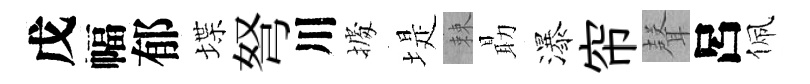
戊幅郁堞弩川𢴃堤棘朂瀑帘𮋻呂佩